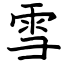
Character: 雪